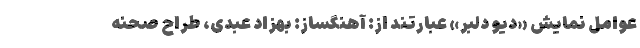
عوامل نمایش «دیو دلبر» عبارتند از: آهنگساز: بهزاد ‌عبدی، طراح صحنه